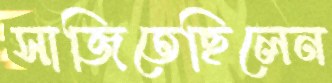
সাজিতেছিলেন